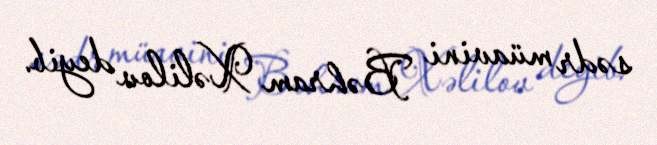
sədr müavini Bəhram Xəlilov deyib.